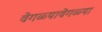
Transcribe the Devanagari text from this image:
वेगळ्यावेगळ्या